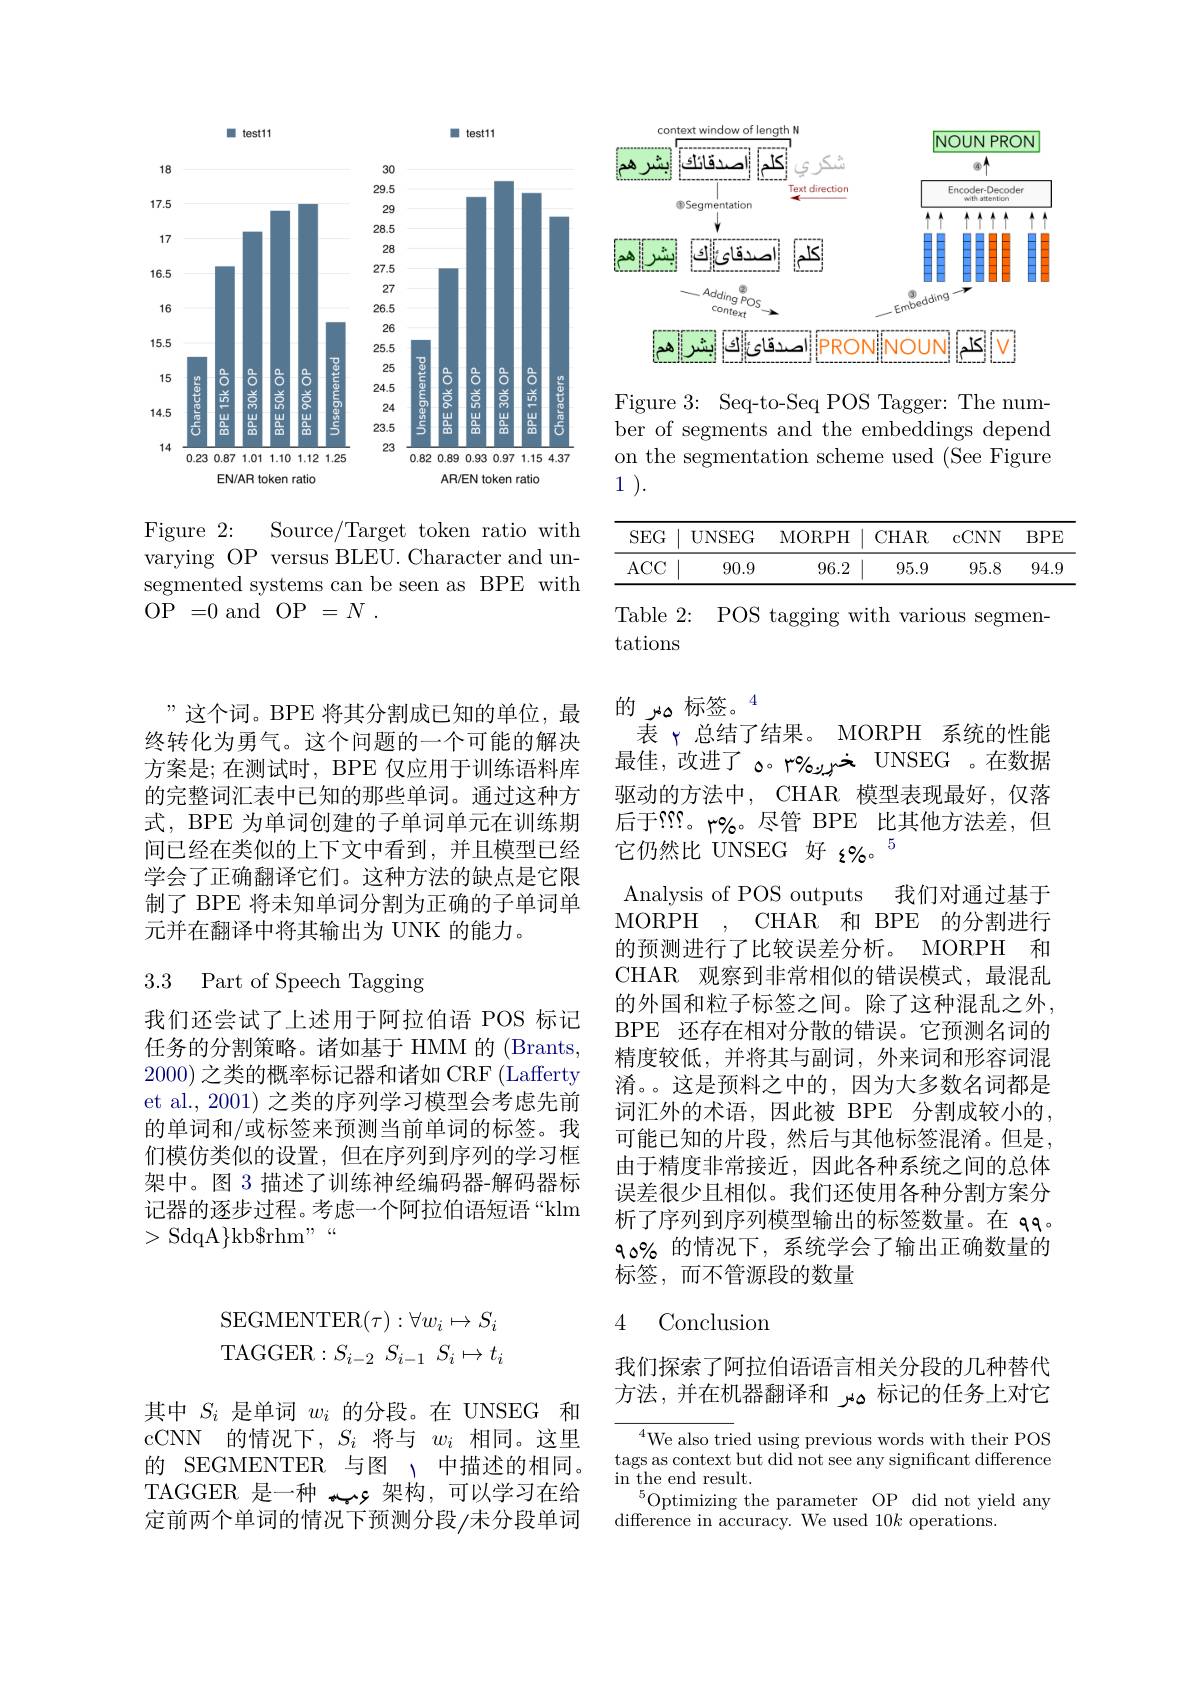
<FigureHere>

Figure 2:
Source/Target token ratio with
varying OP versus BLEU. Character and unsegmented systems can be seen as BPE with ${\mathrm{OP}}= 0{\mathrm{~and~OP}}= N$ .

”这个词。BPE 将其分割成已知的单位，最终转化为勇气。这个问题的一个可能的解决方案是；在测试时，BPE 仅应用于训练语料库的完整词汇表中已知的那些单词。通过这种方式，BPE 为单词创建的子单词单元在训练期间已经在类似的上下文中看到，并且模型已经学会了正确翻译它们。这种方法的缺点是它限制了 BPE 将未知单词分割为正确的子单词单元并在翻译中将其输出为 UNK 的能力。

## 3.3 Part of Speech Tagging

我们还尝试了上述用于阿拉伯语 POS 标记任务的分割策略。诸如基于 HMM 的 (Brants, 2000)之类的概率标记器和诸如 CRF(Lafferty et al., 2001) 之类的序列学习模型会考虑先前的单词和/或标签来预测当前单词的标签。我们模仿类似的设置，但在序列到序列的学习框架中。图 3 描述了训练神经编码器-解码器标记器的逐步过程。考虑一个阿拉伯语短语“klm $>\operatorname{SdqA}\}$kb$\$$rhm" “

<FigureHere>

Figure 3: Seq-to-Seq POS Tagger: The number of segments and the embeddings depend on the segmentation scheme used (See Figure 1 1 ).

<table>
	<tbody>
		<tr>
			<th>$SEG$</th>
			<th>UNSEG</th>
			<th>MORPH</th>
			<th>CHAR</th>
			<th>cCNN</th>
			<th>$BPE$</th>
		</tr>
		<tr>
			<td>$ACC$</td>
			<td>90.9</td>
			<td>96.2</td>
			<td>95.9</td>
			<td>95.8</td>
			<td>94.9</td>
		</tr>
	</tbody>
</table>

Table 2: POS tagging with various segmen-

tations
的 标签。
表 γ 总结了结果。MORPH 系统的性能最佳，改进了 o。r'' $\dot{\boldsymbol{\sigma}}$ UNSEG 。在数据驱动的方法中，CHAR 模型表现最好，仅落后于$\aleph\Omega。\psi_{\bullet}$。尽管 BPE 比其他方法差，但它仍然比 UNSEG 好 z%。$^{5}$
Analysis of POS outputs
我们对通过基于
MORPH, CHAR 和 BPE 的分割进行的预测进行了比较误差分析。MORPH 和CHAR 观察到非常相似的错误模式，最混乱的外国和粒子标签之间。除了这种混乱之外， BPE 还存在相对分散的错误。它预测名词的精度较低，并将其与副词，外来词和形容词混淆。。这是预料之中的，因为大多数名词都是词汇外的术语，因此被 BPE 分割成较小的， 可能已知的片段，然后与其他标签混淆。但是， 由于精度非常接近，因此各种系统之间的总体误差很少且相似。我们还使用各种分割方案分析了序列到序列模型输出的标签数量。在 qq。৭০% 的情况下，系统学会了输出正确数量的标签，而不管源段的数量

## 4 Conclusion

我们探索了阿拉伯语语言相关分段的几种替代方法，并在机器翻译和 مەر 标记的任务上对它

${{^{4}\text{We also tri}}}$ed using previous words with their POS tags as context but did not see any significant difference in the end result.
$_{\mathrm{c}}^{5}$Optimizing the parameter OP did not yield any
difference in accuracy. We used $10k$ operations.
$$\begin{array}{l}\text{SEGMENTER}(\tau):\forall w_i\mapsto S_i\\\text{TAGGER}:S_{i-2}\:S_{i-1}\:S_i\mapsto t_i\end{array}$$
其中$S_i$是单词$w_i$的分段。在 UNSEG 和cCNN 的情况下，$S_i$将与$w_i$相同。这里的 SEGMENTER 与图 、中描述的相同TAGGER 是一种 وبہ 架构，可以学习在给定前两个单词的情况下预测分段/未分段单词